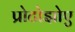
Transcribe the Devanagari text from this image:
प्रोटोझोए